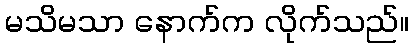
မသိမသာ နောက်က လိုက်သည်။